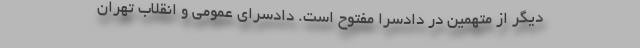
دیگر از متهمین در دادسرا مفتوح است. دادسرای عمومی و انقلاب تهران